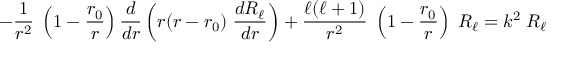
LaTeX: - { \frac { 1 } { r ^ { 2 } } } \; \left( 1 - { \frac { r _ { 0 } } { r } } \right) { \frac { d } { d r } } \left( r ( r - r _ { 0 } ) \; { \frac { d R _ { \ell } } { d r } } \right) + { \frac { \ell ( \ell + 1 ) } { r ^ { 2 } } } \; \left( 1 - { \frac { r _ { 0 } } { r } } \right) \; R _ { \ell } = k ^ { 2 } \; R _ { \ell }